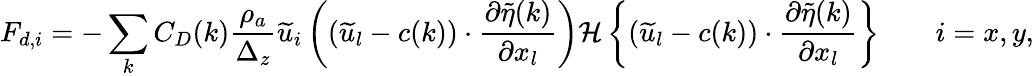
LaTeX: F_{d,i}=-\sum_{k}C_{D}(k)\frac{\rho_{a}}{\Delta_{z}}\widetilde{u}_{i}\left((\widetilde{u}_{l}-c(k))\cdot\frac{\partial\widetilde{\eta}(k)}{\partial x_{l}}\right){\mathcal{H}\left\{ (\widetilde{u}_{l}-c(k))\cdot\frac{\partial\widetilde{\eta}(k)}{\partial x_{l}}\right\} }\qquad i=x,y,